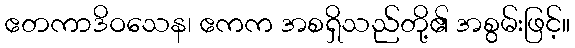
ဧတကာဒိဝသေန၊ ဧကက အစရှိသည်တို့၏ အစွမ်းဖြင့်။